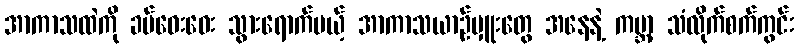
အာကာသထဲကို ခပ်ဝေးဝေး သွားရောက်မယ့် အာကာသယာဉ်မှူးတွေ အနေနဲ့ ကမ္ဘာ့ သံလိုက်စက်ကွင်း